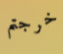
خرجتم